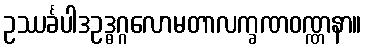
ဥဿင်္ခပါဒဥဒ္ဓဂ္ဂလောမတာလက္ခဏဝဏ္ဏနာ။